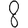
Digit: 8